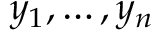
y _ { 1 } , \dots , y _ { n }